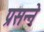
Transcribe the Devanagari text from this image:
प्रसन्ने